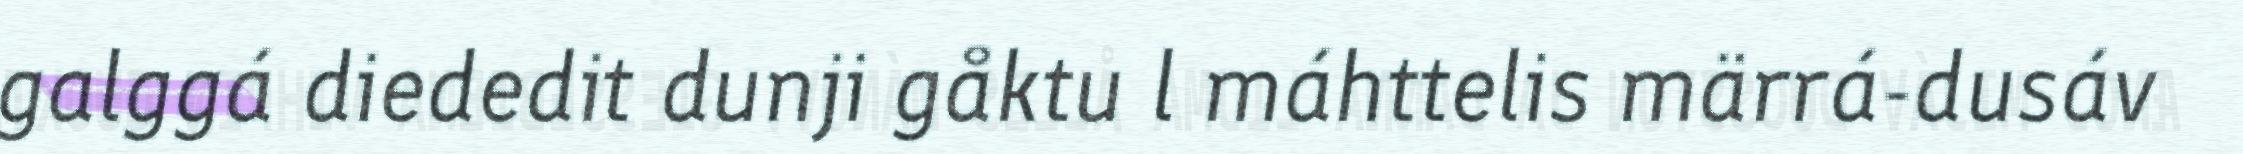
galggá diededit dunji gåktu l máhttelis märrá-dusáv